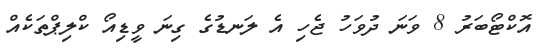
އޮކްޓޯބަރު 8 ވަނަ ދުވަހު ޖެހި އެ ލަނޑުގެ ގިނަ ވީޑިއޯ ކްލިޕްތަކެއް